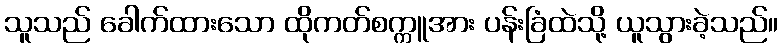
သူသည် ခေါက်ထားသော ထိုကတ်စက္ကူအား ပန်းခြံထဲသို့ ယူသွားခဲ့သည်။